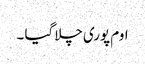
اوم پوری چلا گیا ۔